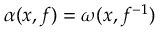
\alpha ( x , f ) = \omega ( x , f ^ { - 1 } )